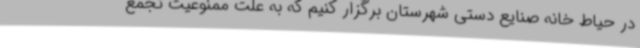
در حیاط خانه صنایع دستی شهرستان برگزار کنیم که به علت ممنوعیت تجمع